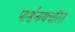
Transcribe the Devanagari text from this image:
पार्श्वनाथचरित